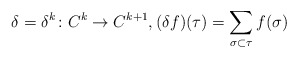
\begin{align*}\delta = \delta^k \colon C^k \rightarrow C^{k+1}, (\delta f)(\tau)= \sum_{\sigma\subset \tau} f(\sigma) \end{align*}